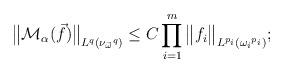
LaTeX: \begin{align*}{\big\|\mathcal{M}_\alpha (\vec{f})\big\|}_{L^q({\nu_{\vec{\omega} }}^q)} \leq C\prod_{i = 1}^m{\big\|f_i\big\|}_{L^{p_i}({\omega_i}^{p_i})};\end{align*}